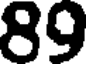
89